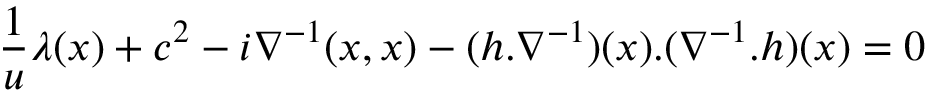
\frac { 1 } { u } \lambda ( x ) + c ^ { 2 } - i \nabla ^ { - 1 } ( x , x ) - ( h . \nabla ^ { - 1 } ) ( x ) . ( \nabla ^ { - 1 } . h ) ( x ) = 0